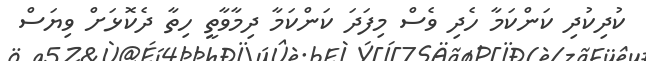
ކުދިކުދި ކަންކަމާ ހެދި ވެސް މިފަދަ ކަންކަމާ ދިމާވާތީ ހިތާ ދެކޮޅަށް ވިޔަސް